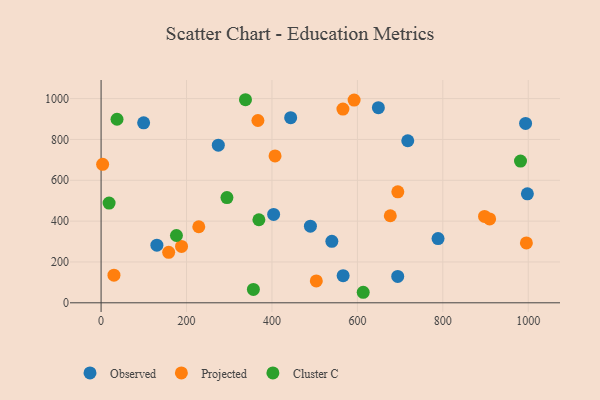
{"axis": {"x": "Speed", "y": "Salary"}, "legend": ["Cluster C", "Observed", "Projected"], "data": [{"x": "566.6", "y": 132.8, "type": "Observed"}, {"x": "99.6", "y": 881.2, "type": "Observed"}, {"x": "788.8", "y": 314.5, "type": "Observed"}, {"x": "993.7", "y": 878.3, "type": "Observed"}, {"x": "403.9", "y": 432.8, "type": "Observed"}, {"x": "649.1", "y": 955.7, "type": "Observed"}, {"x": "540.2", "y": 301.0, "type": "Observed"}, {"x": "694.4", "y": 129.1, "type": "Observed"}, {"x": "717.9", "y": 793.5, "type": "Observed"}, {"x": "443.8", "y": 906.5, "type": "Observed"}, {"x": "490.0", "y": 375.3, "type": "Observed"}, {"x": "130.6", "y": 282.4, "type": "Observed"}, {"x": "997.9", "y": 533.9, "type": "Observed"}, {"x": "274.4", "y": 771.9, "type": "Observed"}, {"x": "3.6", "y": 678.3, "type": "Projected"}, {"x": "592.3", "y": 992.8, "type": "Projected"}, {"x": "188.3", "y": 276.0, "type": "Projected"}, {"x": "407.2", "y": 719.1, "type": "Projected"}, {"x": "158.2", "y": 247.1, "type": "Projected"}, {"x": "367.1", "y": 892.8, "type": "Projected"}, {"x": "30.1", "y": 135.3, "type": "Projected"}, {"x": "503.8", "y": 107.3, "type": "Projected"}, {"x": "995.6", "y": 293.3, "type": "Projected"}, {"x": "694.6", "y": 543.7, "type": "Projected"}, {"x": "228.7", "y": 372.5, "type": "Projected"}, {"x": "677.0", "y": 426.3, "type": "Projected"}, {"x": "566.1", "y": 948.8, "type": "Projected"}, {"x": "909.6", "y": 411.0, "type": "Projected"}, {"x": "897.6", "y": 423.1, "type": "Projected"}, {"x": "356.5", "y": 65.5, "type": "Cluster C"}, {"x": "338.0", "y": 994.5, "type": "Cluster C"}, {"x": "294.6", "y": 515.3, "type": "Cluster C"}, {"x": "18.7", "y": 488.2, "type": "Cluster C"}, {"x": "176.4", "y": 329.5, "type": "Cluster C"}, {"x": "981.8", "y": 694.3, "type": "Cluster C"}, {"x": "613.6", "y": 51.6, "type": "Cluster C"}, {"x": "369.4", "y": 406.7, "type": "Cluster C"}, {"x": "37.3", "y": 899.0, "type": "Cluster C"}]}